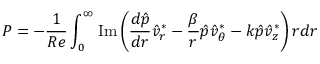
P = - \frac { 1 } { R e } \int _ { 0 } ^ { \infty } \operatorname { I m } \left( \frac { d \hat { p } } { d r } \hat { v } _ { r } ^ { * } - \frac { \beta } { r } \hat { p } \hat { v } _ { \theta } ^ { * } - k \hat { p } \hat { v } _ { z } ^ { * } \right) r d r